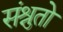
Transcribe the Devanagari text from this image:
संश्रुतो